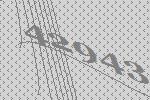
42943